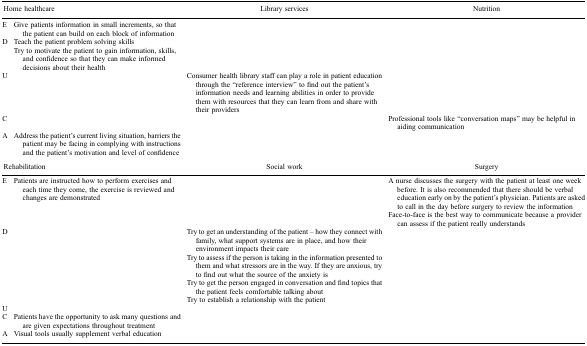
|  | Home healthcare | Library services | Nutrition |
 | --- | --- | --- | --- |
 | E | Give patients information in small increments, so that the patient can build on each block of information |  |  |
 | <ROWSPAN=2> D | Teach the patient problem solving skills | <ROWSPAN=2>  | <ROWSPAN=2>  |
 | Try to motivate the patient to gain information, skills, and confidence so that they can make informed decisions about their health |
 | U |  | Consumer health library staff can play a role in patient education through the “reference interview” to find out the patient's information needs and learning abilities in order to provide them with resources that they can learn from and share with their providers |  |
 | C |  |  | Professional tools like “conversation maps” may be helpful in aiding communication |
 | A | Address the patient's current living situation, barriers the patient may be facing in complying with instructions and the patient's motivation and level of confidence |  |  |
 |  | Rehabilitation | Social work | Surgery |
 | <ROWSPAN=2> E | <ROWSPAN=2> Patients are instructed how to perform exercises and each time they come, the exercise is reviewed and changes are demonstrated | <ROWSPAN=2>  | A nurse discusses the surgery with the patient at least one week before. It is also recommended that there should be verbal education early on by the patient's physician. Patients are asked to call in the day before surgery to review the information |
 | Face-to-face is the best way to communicate because a provider can assess if the patient really understands |
 | <ROWSPAN=4> D | <ROWSPAN=4>  | Try to get an understanding of the patient – how they connect with family, what support systems are in place, and how their environment impacts their care | <ROWSPAN=4>  |
 | Try to assess if the person is taking in the information presented to them and what stressors are in the way. If they are anxious, try to find out what the source of the anxiety is |
 | Try to get the person engaged in conversation and find topics that the patient feels comfortable talking about |
 | Try to establish a relationship with the patient |
 | U |  |  |  |
 | C | Patients have the opportunity to ask many questions and are given expectations throughout treatment |  |  |
 | A | Visual tools usually supplement verbal education |  |  |